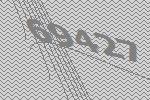
69427